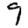
Digit: 9